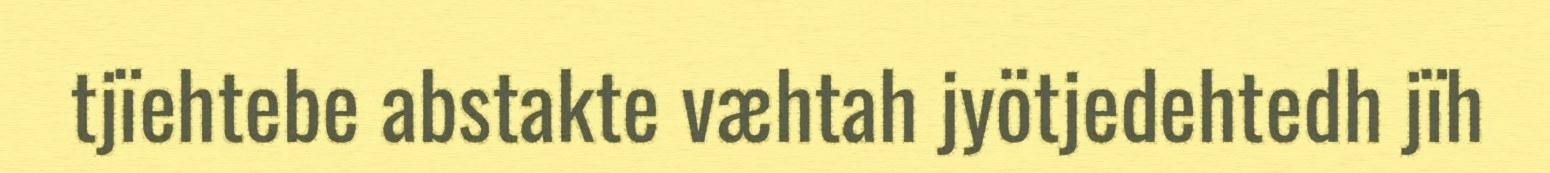
tjïehtebe abstakte væhtah jyötjedehtedh jïh